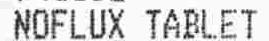
NOFLUX TABLET